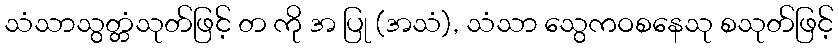
သံသာသွတ္တံသုတ်ဖြင့် တ ကို အ ပြု (အသံ), သံသာ သွေကဝစနေသု စသုတ်ဖြင့်